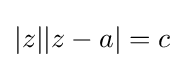
|z||z-a|=c